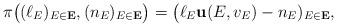
LaTeX: \begin{align*}\pi\big((\ell_E)_{E\in \mathbf{E}},(n_E)_{E\in \mathbf{E}}\big)=\big(\ell_E \mathbf{u}(E,v_E)-n_E)_{E\in \mathbf{E}},\end{align*}